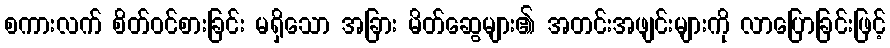
စကားလက် စိတ်ဝင်စားခြင်း မရှိသော အခြား မိတ်ဆွေများ၏ အတင်းအဖျင်းများကို လာပြောခြင်းဖြင့်